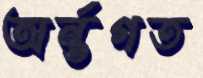
অর্ন্তগত